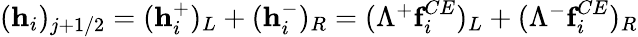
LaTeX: \begin{array}{r}{(\textbf{h}_{i})_{j+1/2}=(\textbf{h}_{i}^{+})_{L}+(\textbf{h}_{i}^{-})_{R}=(\Lambda^{+}\textbf{f}_{i}^{CE})_{L}+(\Lambda^{-}\textbf{f}_{i}^{CE})_{R}}\end{array}